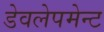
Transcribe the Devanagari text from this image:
डेवलेपमेन्ट